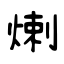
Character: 𤊶